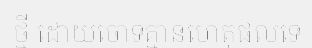
ថ្មី ដោយចោទគ្មានហេតុផលទេ